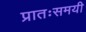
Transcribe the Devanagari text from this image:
प्रातःसमयी